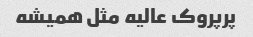
پرپروک عالیه مثل همیشه